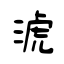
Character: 淲